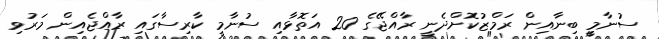
ސުނާމީ ބިނާއިން ރަމްޒުކޮށްދެނީ ރާއްޖޭގެ 20 އަތޮޅާއި ސުނާމީ ކާރިސާގައި ރާއްޖެއިން މަރުވި